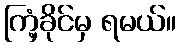
ကြံ့ခိုင်မှ ရမယ်။